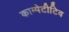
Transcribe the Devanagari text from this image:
काम्पेटीटिव